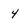
Character: 4